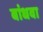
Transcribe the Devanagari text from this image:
बांधवा